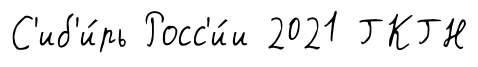
С'иб'и́рь Росс'и́и 2021 ГКГН